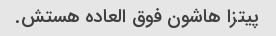
پیتزا هاشون فوق العاده هستش.